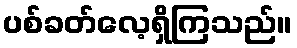
ပစ်ခတ်လေ့ရှိကြသည်။